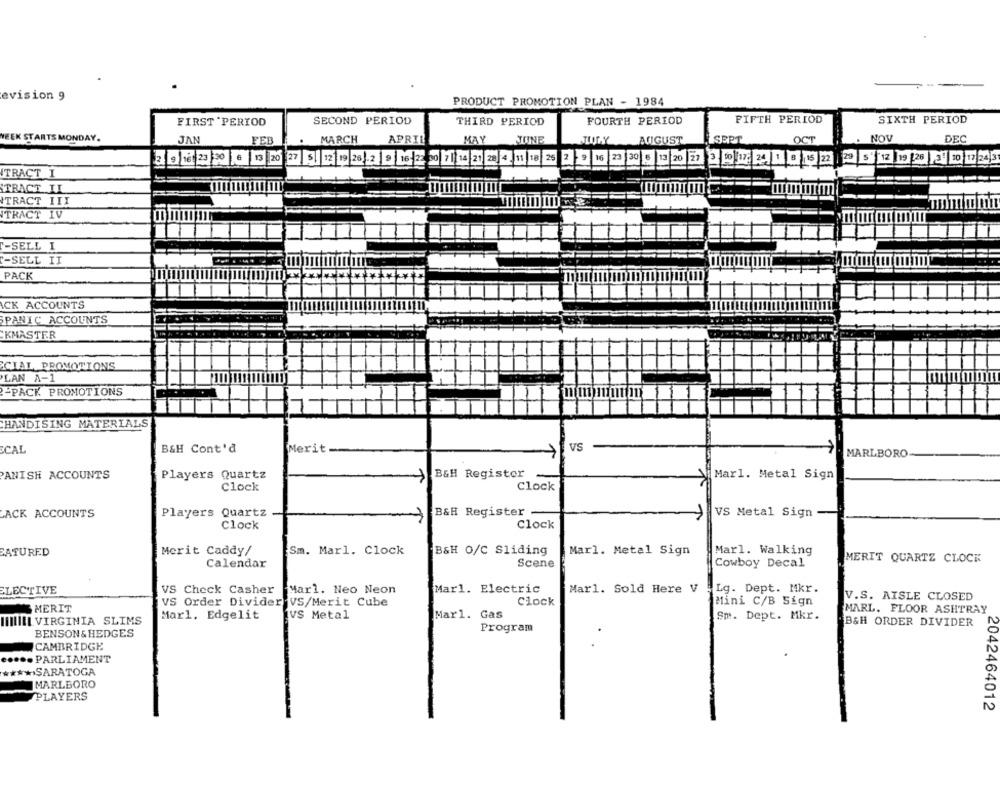
evision 9
PRODUCT PROMOTION PLAN - 1984
FIFTH PERIOD
SIXTH PERIOD
FIRST "PERIOD
SECOND PERIOD
THIRD PERIOD
FOURTH PERIOD
WEEK STARTS MONDAY.
JAN
FEB
MARCH
APRIL
MAY
JUNE
AUGUST
SEPT
OCT
NOV
DEC
3/9/16 23 20 10 19|20 27 5/ 12/10 /28/2 9/ 16/2 00|11|14 21 20 4 /11/18 25 2/9 16 23 30 8/13/20 21 2 10|17 24 1 8 15 22 29 5|12/19|28 21 20 17/243
ITRACT I
TRACT II
TRACT III
TRACT IV
'-SELL I
-SELL II
PACK
ICK ACCOUNTS
SPANIC ACCOUNTS
KMASTER
CIAT PROMOTIONS
LAN A-1
MIMIT
-PACK PROMOTIONS
CHANDISING MATERIALS
B&H Cont'd
VS
SCAL
Merit
MARLBORO
PANISH ACCOUNTS
Players Quartz
B&H Register
Marl. Metal Sign
Clock
Clock
ACK ACCOUNTS
Players Quartz
B&H Register
VS Metal Sign
Clock
Clock
SATURED
Merit Caddy/
Sm. Marl. Clock
B&H o/C Sliding
Marl. Metal Sign
Marl. Walking
Calendar
Scene
Cowboy Decal
MERIT QUARTZ CLOCK
ELECTIVE
VS Check Casher
Marl. Neo Neon
Marl. Electric
Marl. Sold Here V
Lg. Dept. Mkr.
V.S. AISLE CLOSED
VS Order Divider VS/Merit Cube
Clock
Mini C/B Sign
MERIT
MARL. FLOOR ASHTRAY
Marl. Edgelit
VS Metal
Mar1. Gas
Sm. Dept. Mkr.
MIIL VIRGINIA SLIMS
Program
B&H ORDER DIVIDER
BENSON & HEDGES
CAMBRIDGE
..... PARLIAMENT
***** SARATOGA
MARLBORO
PLAYERS
2042464012